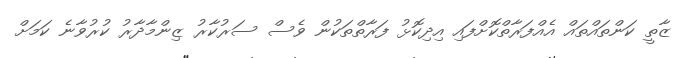
ޒާތީ ކަންތައްތައް އެއްފަރާތްކޮށްފައި އިދިކޮޅު ފަރާތްތަކުން ވެސް ސަރުކާރު ޒިންމާދާރު ކުރުވާނެ ކަމަށް